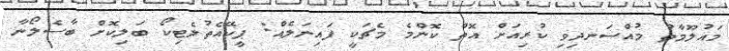
މައުލޫމާތު މުއްސަނދިވި ކުރިއަށް އޮތް ކޮންމެ މެޗަކީ ފައިނަލެއް: ޕީކޭއެތުލެޓިކޯ ބަލިކޮށް ބާސެލޯނާ